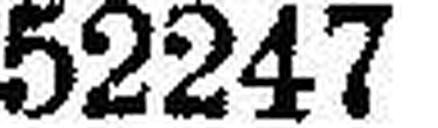
52247